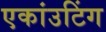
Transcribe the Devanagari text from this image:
एकांउटिंग